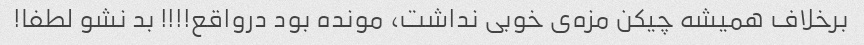
برخلاف همیشه چیکن مزه‌ی خوبی نداشت، مونده بود درواقع!!!! بد نشو لطفا!